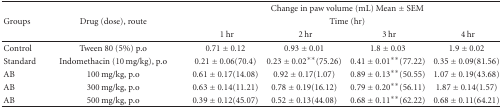
<table><thead><tr><td></td><td></td><td colspan="4"><b>Change in paw volume (mL) Mean ± SEM</b></td></tr><tr><td><b>Groups</b></td><td><b>Drug (dose), route</b></td><td colspan="4"><b>Time (hr)</b></td></tr><tr><td></td><td></td><td><b>1 hr</b></td><td><b>2 hr</b></td><td><b>3 hr</b></td><td><b>4 hr</b></td></tr></thead><tbody><tr><td>Control</td><td>Tween 80 (5%) p.o</td><td>0.71 ± 0.12</td><td>0.93 ± 0.01</td><td>1.8 ± 0.03</td><td>1.9 ± 0.02</td></tr><tr><td>Standard</td><td>Indomethacin (10 mg/kg), p.o</td><td>0.21 ± 0.06 (70.4)</td><td>0.23 ± 0.02** (75.26)</td><td>0.41 ± 0.01** (77.22)</td><td>0.35 ± 0.09 (81.56)</td></tr><tr><td>AB</td><td>100 mg/kg, p.o</td><td>0.61 ± 0.17 (14.08)</td><td>0.92 ± 0.17 (1.07)</td><td>0.89 ± 0.13** (50.55)</td><td>1.07 ± 0.19 (43.68)</td></tr><tr><td>AB</td><td>300 mg/kg, p.o</td><td>0.63 ± 0.14 (11.21)</td><td>0.78 ± 0.19 (16.12)</td><td>0.79 ± 0.20** (56.11)</td><td>1.87 ± 0.14 (1.57)</td></tr><tr><td>AB</td><td>500 mg/kg, p.o</td><td>0.39 ± 0.12 (45.07)</td><td>0.52 ± 0.13 (44.08)</td><td>0.68 ± 0.11** (62.22)</td><td>0.68 ± 0.11 (64.21)</td></tr></tbody></table>